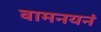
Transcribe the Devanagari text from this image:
वामनयनं